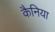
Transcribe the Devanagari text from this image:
कैनिया